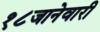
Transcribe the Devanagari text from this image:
१८जानेवारी